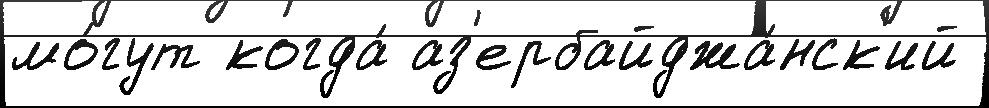
мо́гут когда́ аз'ербайджа́нск'ий